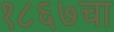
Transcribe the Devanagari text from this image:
१८६७चा